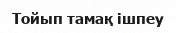
Тойып тамақ ішпеу